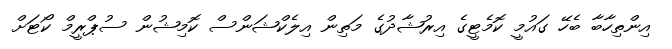
އިންތިހާބާ ބެހޭ ގައުމީ ކޮމެޓީގެ އިރުޝާދުގެ މަތިން އިލެކްޝަންސް ކޮމިޝުން ސުޕްރީމް ކޯޓަށް